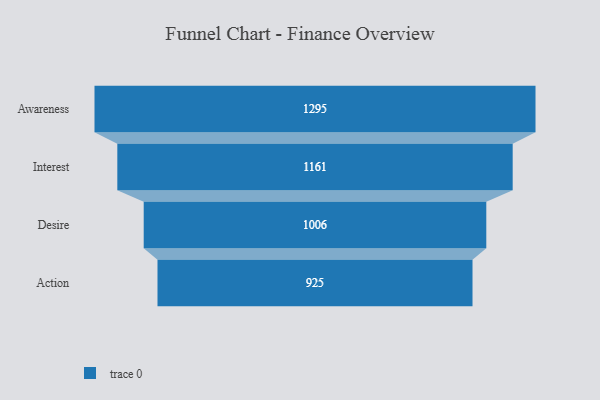
{"axis": {"x": "Stage", "y": "Value"}, "legend": [""], "data": [{"x": "Awareness", "y": 1295.0, "type": ""}, {"x": "Interest", "y": 1161.0, "type": ""}, {"x": "Desire", "y": 1006.0, "type": ""}, {"x": "Action", "y": 925.0, "type": ""}]}